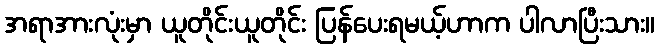
အရာအားလုံးမှာ ယူတိုင်းယူတိုင်း ပြန်ပေးရမယ့်ဟာက ပါလာပြီးသား။